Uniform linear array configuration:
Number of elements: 48
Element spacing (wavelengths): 0.5
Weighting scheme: hann
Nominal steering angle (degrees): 45
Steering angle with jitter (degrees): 45.532
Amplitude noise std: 0.05
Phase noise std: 0.05

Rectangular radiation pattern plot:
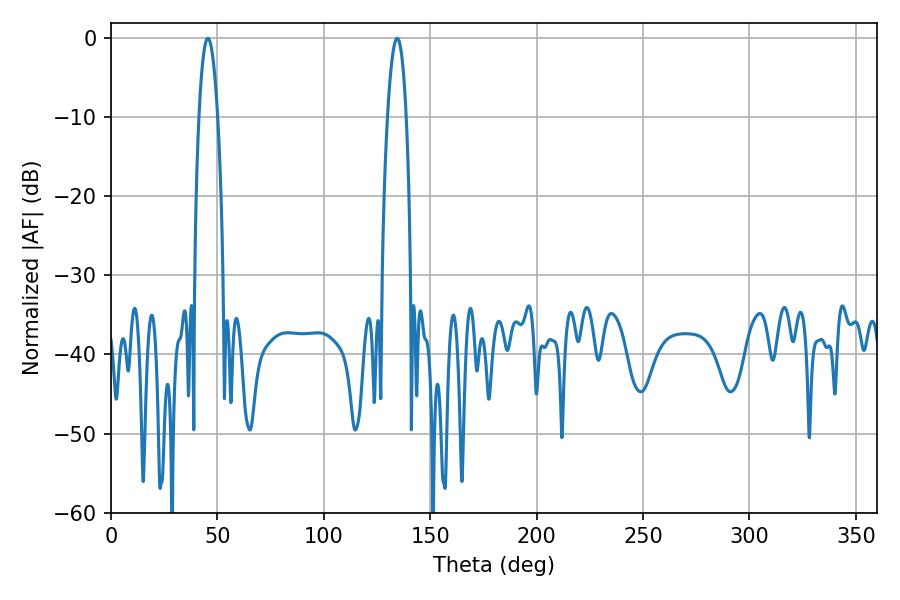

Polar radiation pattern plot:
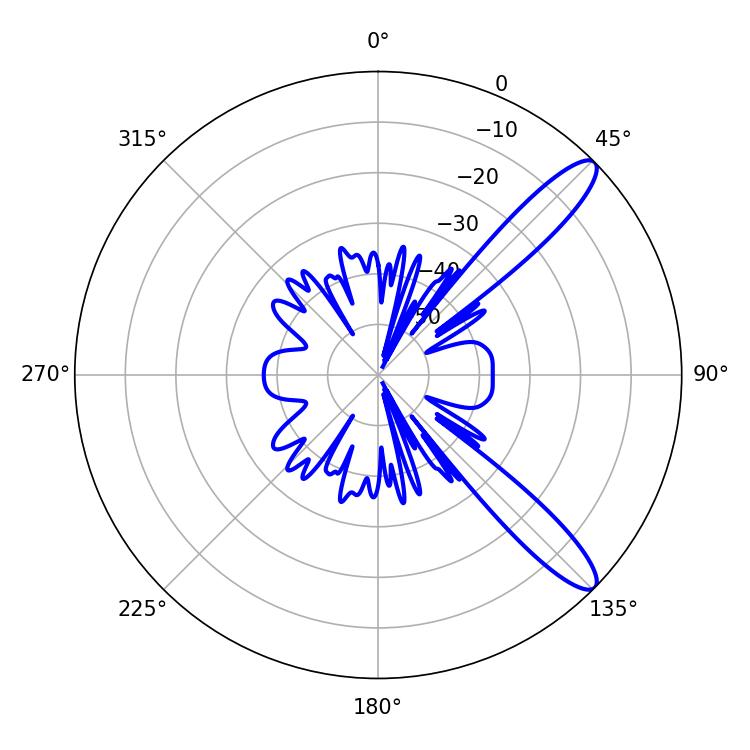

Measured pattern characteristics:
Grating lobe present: FALSE
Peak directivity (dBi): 11.84
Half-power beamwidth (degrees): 4.86
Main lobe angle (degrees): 45.54